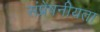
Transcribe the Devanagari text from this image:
संप्रेषनीयता